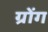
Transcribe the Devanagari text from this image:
ग्रोंग